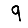
Digit: 9